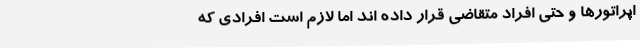
اپراتورها و حتی افراد متقاضی قرار داده اند اما لازم است افرادی که